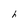
Character: h